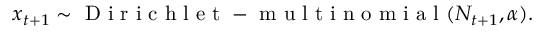
\boldsymbol x _ { t + 1 } \sim \mathrm { ~ D ~ i ~ r ~ i ~ c ~ h ~ l ~ e ~ t ~ - ~ m ~ u ~ l ~ t ~ i ~ n ~ o ~ m ~ i ~ a ~ l ~ } ( N _ { t + 1 } , \boldsymbol \alpha ) .